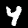
Label: 4